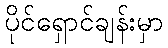
ပိုင်ရှောင်ချန်းမှာ